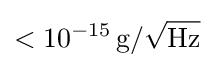
<10^{-15}\,{\rm {g}}/{\sqrt {\rm {Hz}}}